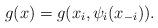
LaTeX: \begin{align*}g(x) = g(x_i,\psi_i(x_{-i})).\end{align*}